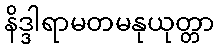
နိဒ္ဒါရာမတမနုယုတ္တာ